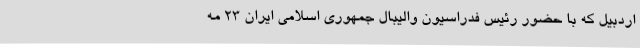
اردبیل که با حضور رئیس فدراسیون والیبال جمهوری اسلامی ایران 23 مه